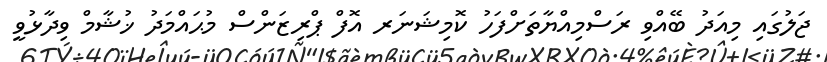
ޖަލުގައި މިއަދު ބޭއްވި ރަސްމިއްޔާތަށްފަހު ކޮމިޝަނަރ އޮފް ޕްރިޒަންސް މުޙައްމަދު ޚުޝާމް ވިދާޅުވީ